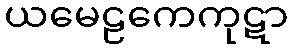
ယမေဠကေကုဋာ